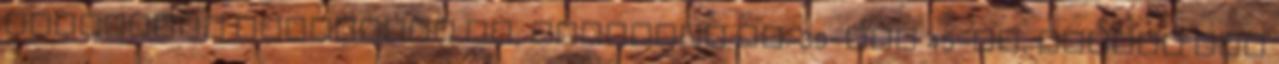
mindegyik számozott is, gondolom kb. 39-től 45-ig, szóval nem